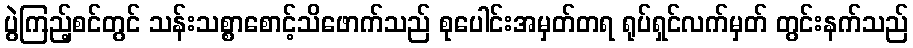
ပွဲကြည့်စင်တွင် သန်းသစ္စာစောင့်သိဖောက်သည် စုပေါင်းအမှတ်တရ ရုပ်ရှင်လက်မှတ် တွင်းနက်သည်